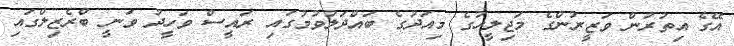
އޭގެ އިތުރުން ވަޒީރުންގެ މަޖިލީހުގެ މިއަދުގެ ބައްދަލުވުމުގައި ރައީސް ވަހީދު ވަނީ ބްރެޒިލްގައި